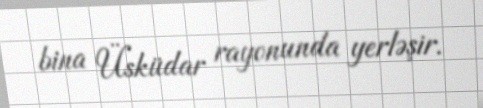
bina Üsküdar rayonunda yerləşir.